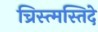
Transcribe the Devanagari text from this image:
च्रिस्त्मस्तिदे